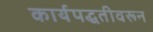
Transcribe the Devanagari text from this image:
कार्यपद्धतीवरून